Scottish Leaving Certificate Examination, 1951
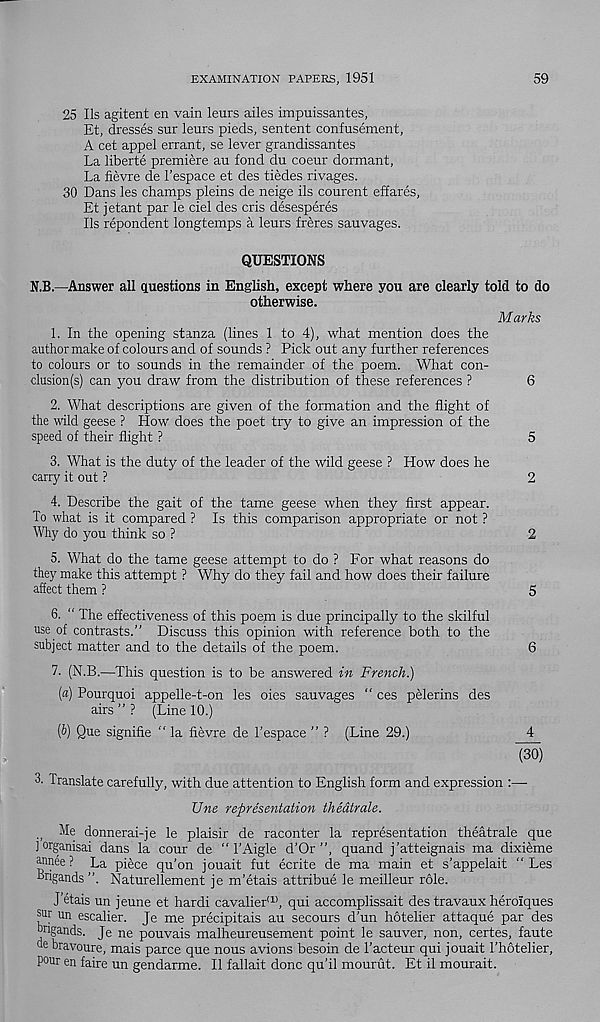
EXAMINATION PAPERS, 1951
59
25 Ils agitent en vain leurs ailes impuissantes,
Et, dresses sur leurs pieds, sentent confusement,
A cet appel errant, se lever grandissantes
La liberte premiere au fond du coeur dormant.
La fievre de 1’espace et des tiedes rivages.
30 Dans les champs pleins de neige ils courent effares,
Et jetant par le ciel des cris desesperes
Ils repondent longtemps a leurs freres sauvages.
QUESTIONS
N.B.—Answer all Questions in English, except where you are clearly told to do
otherwise.
Marks
1. In the opening stanza (lines 1 to 4), what mention does the
author make of colours and of sounds ? Pick out any further references
to colours or to sounds in the remainder of the poem. What con-
clusion (s) can you draw from the distribution of these references ?
6
2. What descriptions are given of the formation and the flight of
the wild geese ? How does the poet tiy to give an impression of the
speed of their flight ?
5
3. What is the duty of the leader of the wild geese ? How does he
carry it out ?
2
4. Describe the gait of the tame geese when they first appear.
To what is it compared ? Is this comparison appropriate or not ?
Why do you think so ?
2
5. What do the tame geese attempt to do ? For what reasons do
they make this attempt ? Why do they fail and how does their failure
affect them ?
5
6. “ The effectiveness of this poem is due principally to the skilful
use of contrasts.” Discuss this opinion with reference both to the
subject matter and to the details of the poem.
6
7. (N.B.—This question is to be answered in French.)
(a) Pourquoi appelle-t-on les oies sauvages “ ces pelerins des
airs ” ? (Line 10.)
[b) Que signifie “ la fievre de 1’espace ” ? (Line 29.)
4
"(30)
3. Translate carefully, with due attention to English form and expression :—
Une representation thedtrale.
Me donnerai-je le plaisir de raconter la representation theatrale que
jorganisai dans la cour de “ 1’Aigle d’Or ”, quand j’atteignais ma dixieme
annee ? La piece qu’on jouait fut ecrite de ma main et s’appelait “ Les
“rigands ”. Naturellement je m’etais attribue le meilleur role.
J’etais un jeune et hardi cavalier' 1 ’, qui accomplissait des travaux herolques
sur un escalier. Je me precipitais au secours d'un hotelier attaque par des
brigands. Je ne pouvais malheureusement point le sauver, non, certes, faute
ue bravoure, mais parce que nous avions besoin de Tacteur qui jouait I’hotelier,
pour en faire un gendarme. II fallait done qu’il mourut. Et il mourait.